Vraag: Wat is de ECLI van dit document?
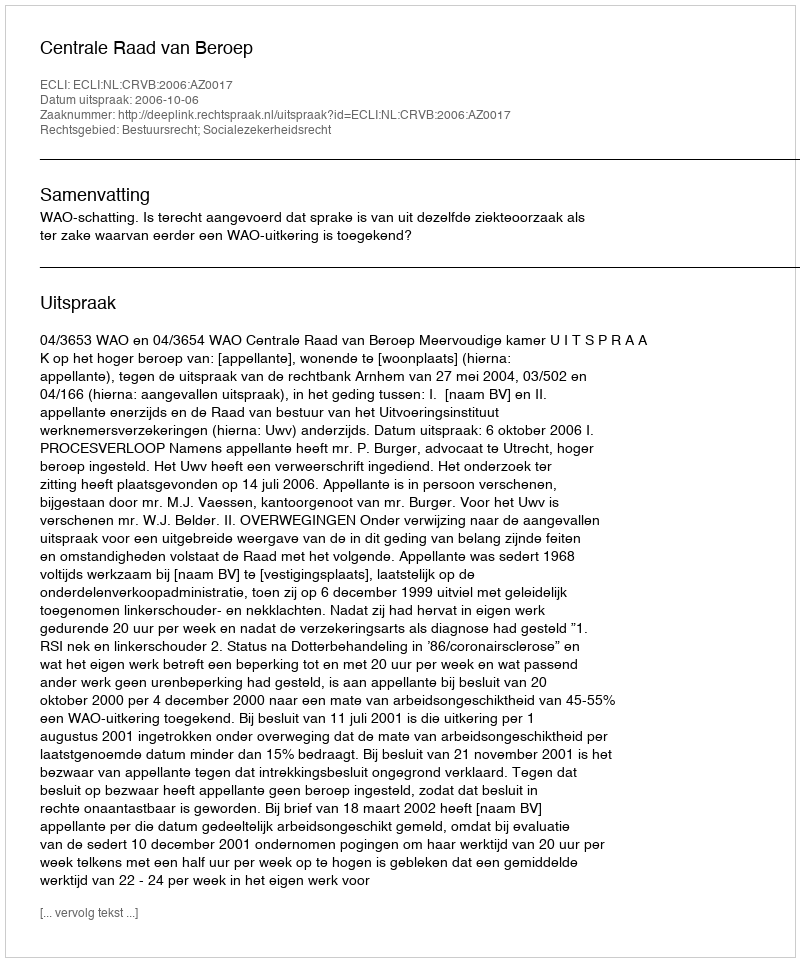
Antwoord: ECLI:NL:CRVB:2006:AZ0017